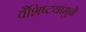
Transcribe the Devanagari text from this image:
वैशिष्टयांमुळे